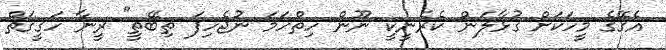
އެގޭގެ މީހަކަށް ގުޅާލަން ކެރެނީކީ ނޫން ހިތްހަމަ ނުޖެހިފަ ތިބޭތީ" ރީނާ ހަޤީޤަތް